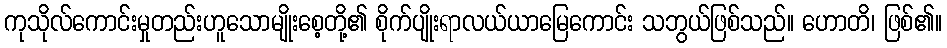
ကုသိုလ်ကောင်းမှုတည်းဟူသောမျိုးစေ့တို့၏ စိုက်ပျိုးရာလယ်ယာမြေကောင်း သဘွယ်ဖြစ်သည်။ ဟောတိ၊ ဖြစ်၏။